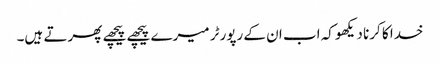
خدا کا کرنا دیکھو کہ اب ان کے رپورٹر میرے پیچھے پیچھے پھرتے ہیں۔